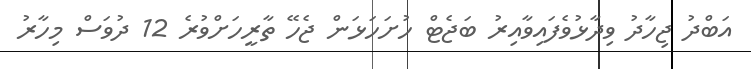
އަބްދު ޖިހާދު ވިދާޅުވެފައިވާއިރު ބަޖެޓް ހުށަހަޅަން ޖެހޭ ތާރީހަށްވުރެ 12 ދުވަސް މިހާރު